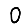
Digit: 0